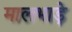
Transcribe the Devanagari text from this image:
मालभाड़े